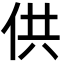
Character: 供